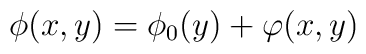
\phi(x,y)=\phi_0(y)+\varphi(x,y)